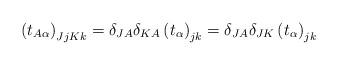
LaTeX: \begin{align*}\left(t_{A\alpha}\right)_{JjKk}=\delta_{JA}\delta_{KA}\left(t_\alpha\right)_{jk}=\delta_{JA}\delta_{JK}\left(t_\alpha\right)_{jk}\end{align*}